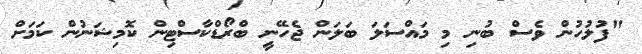
"ފުލުހުން ވެސް ބުނި މި މައްސަލަ ބަލަން ޖެހޭނީ ބްރޯޑްކާސްޓިން ކޮމިޝަނުން ކަމަށް